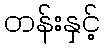
တန်းနှင့်